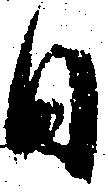
日